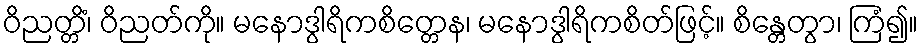
ဝိညတ္တိံ၊ ဝိညတ်ကို။ မနောဒွါရိကစိတ္တေန၊ မနောဒွါရိကစိတ်ဖြင့်။ စိန္တေတွာ၊ ကြံ၍။